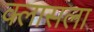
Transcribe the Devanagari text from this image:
क्लासला